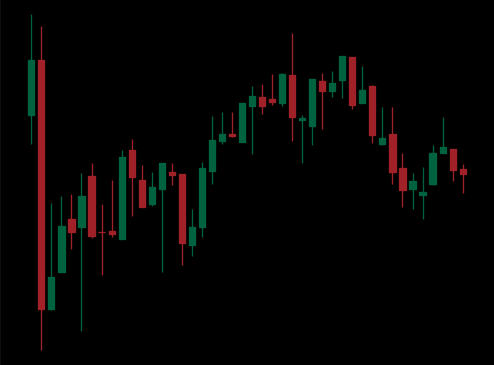
Pattern: bear_flag